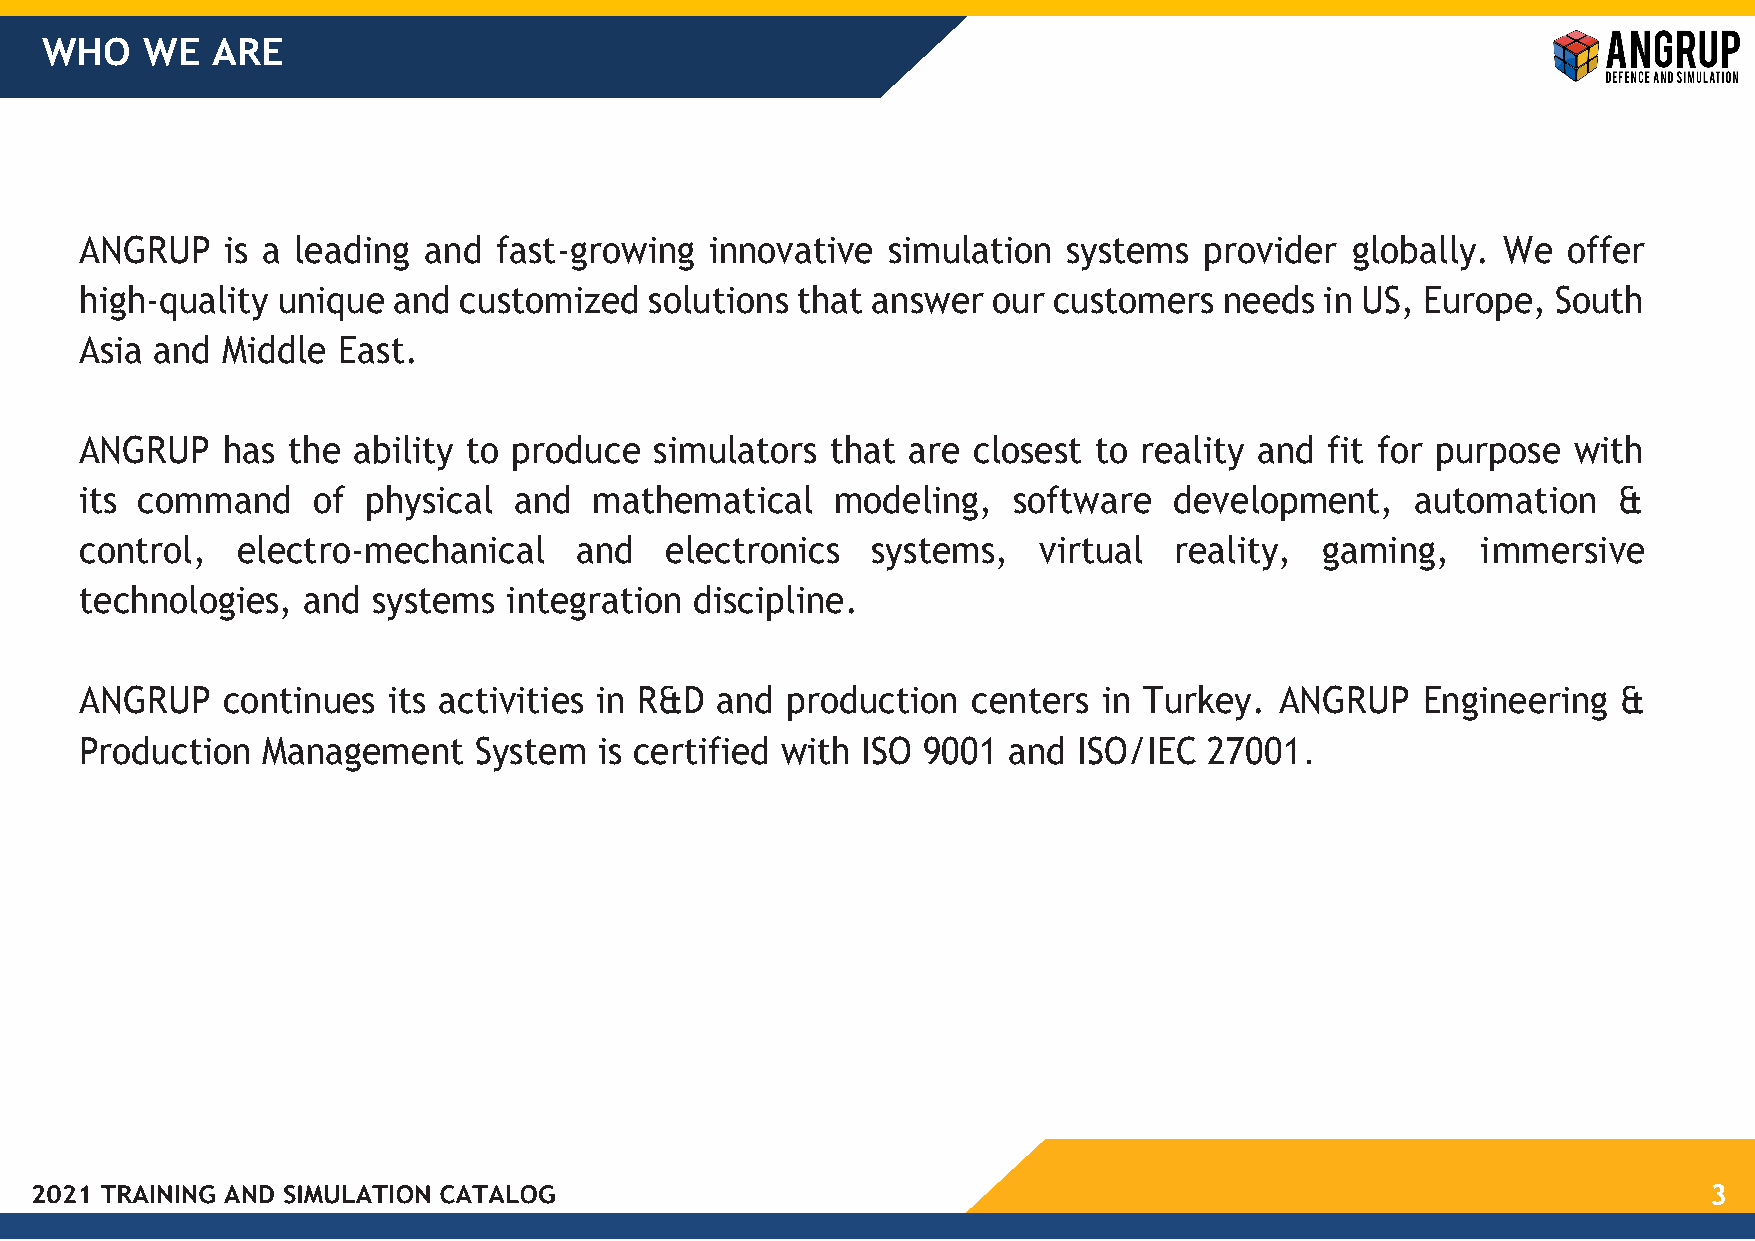
WHO   WE   ARE
 ANGRUP    is a leading and  fast-growing  innovative  simulation  systems  provider globally. We   offer
 high-quality unique  and customized   solutions that answer  our customers  needs  in US, Europe, South
 Asia and  Middle East.
 ANGRUP    has the ability to produce  simulators  that are closest to reality and  fit for purpose with
 its command     of physical  and  mathematical    modeling,   software   development,    automation   &
 control,   electro-mechanical    and   electronics   systems,   virtual  reality,  gaming,   immersive
 technologies,  and  systems  integration discipline.
 ANGRUP    continues  its activities in R&D and production  centers  in Turkey.  ANGRUP   Engineering  &
 Production  Management    System   is certified with ISO 9001 and ISO/IEC  27001.
 3